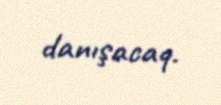
danışacaq.